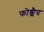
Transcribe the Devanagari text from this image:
फोड्मैप